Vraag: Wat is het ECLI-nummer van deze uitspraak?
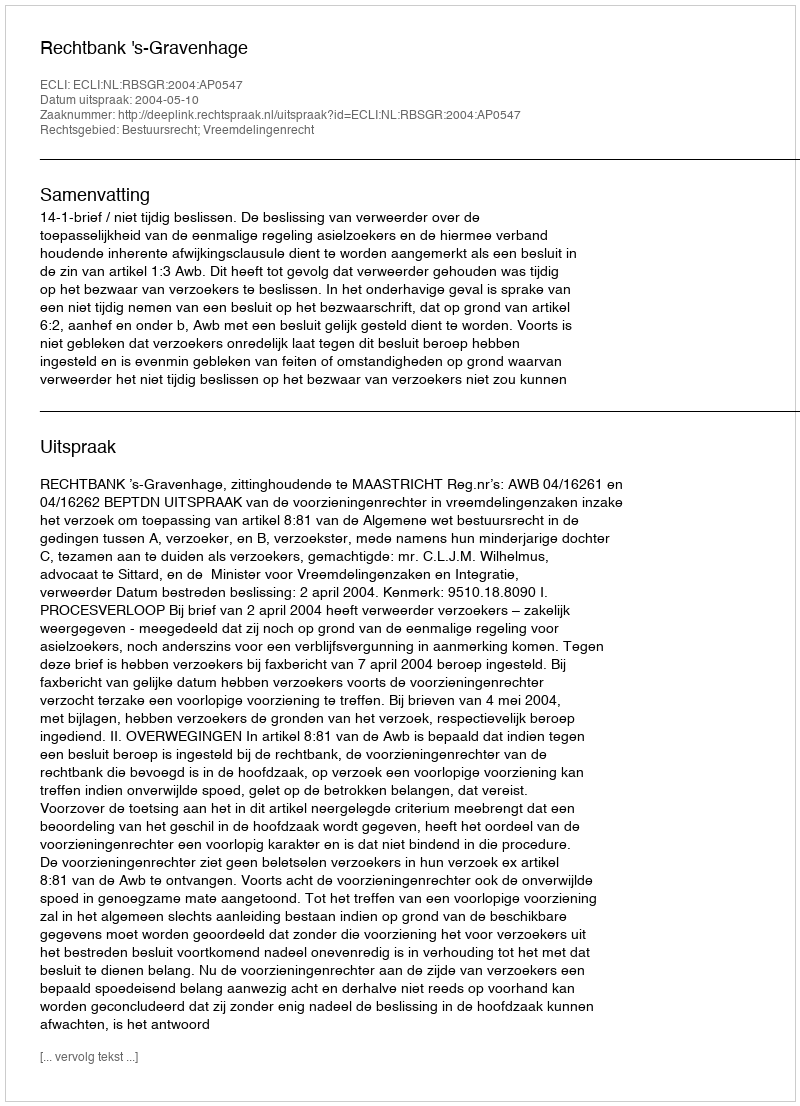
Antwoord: ECLI:NL:RBSGR:2004:AP0547